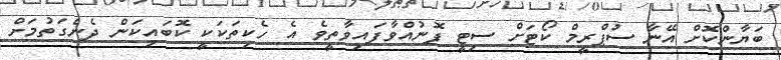
ބަޔާންކޮށް އޭނާ ސުޕްރީމް ކޯޓަށް ސިޓީ ފޮނުއްވާފައިވާތީވެ އެ ހެކިތަކަކީ ކޮަބައިކަން ދެނެގަތުމަށް